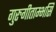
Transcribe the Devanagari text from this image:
गुरुगीताम्भसि